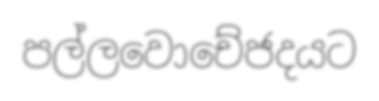
පල්ලවොචේජදයට